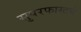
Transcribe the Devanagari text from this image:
सुपरफास्टचे